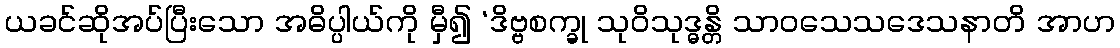
ယခင်ဆိုအပ်ပြီးသော အဓိပ္ပါယ်ကို မှီ၍ ‘ဒိဗ္ဗစက္ခု သုဝိသုဒ္ဓန္တိ သာဝသေသဒေသနာတိ အာဟ